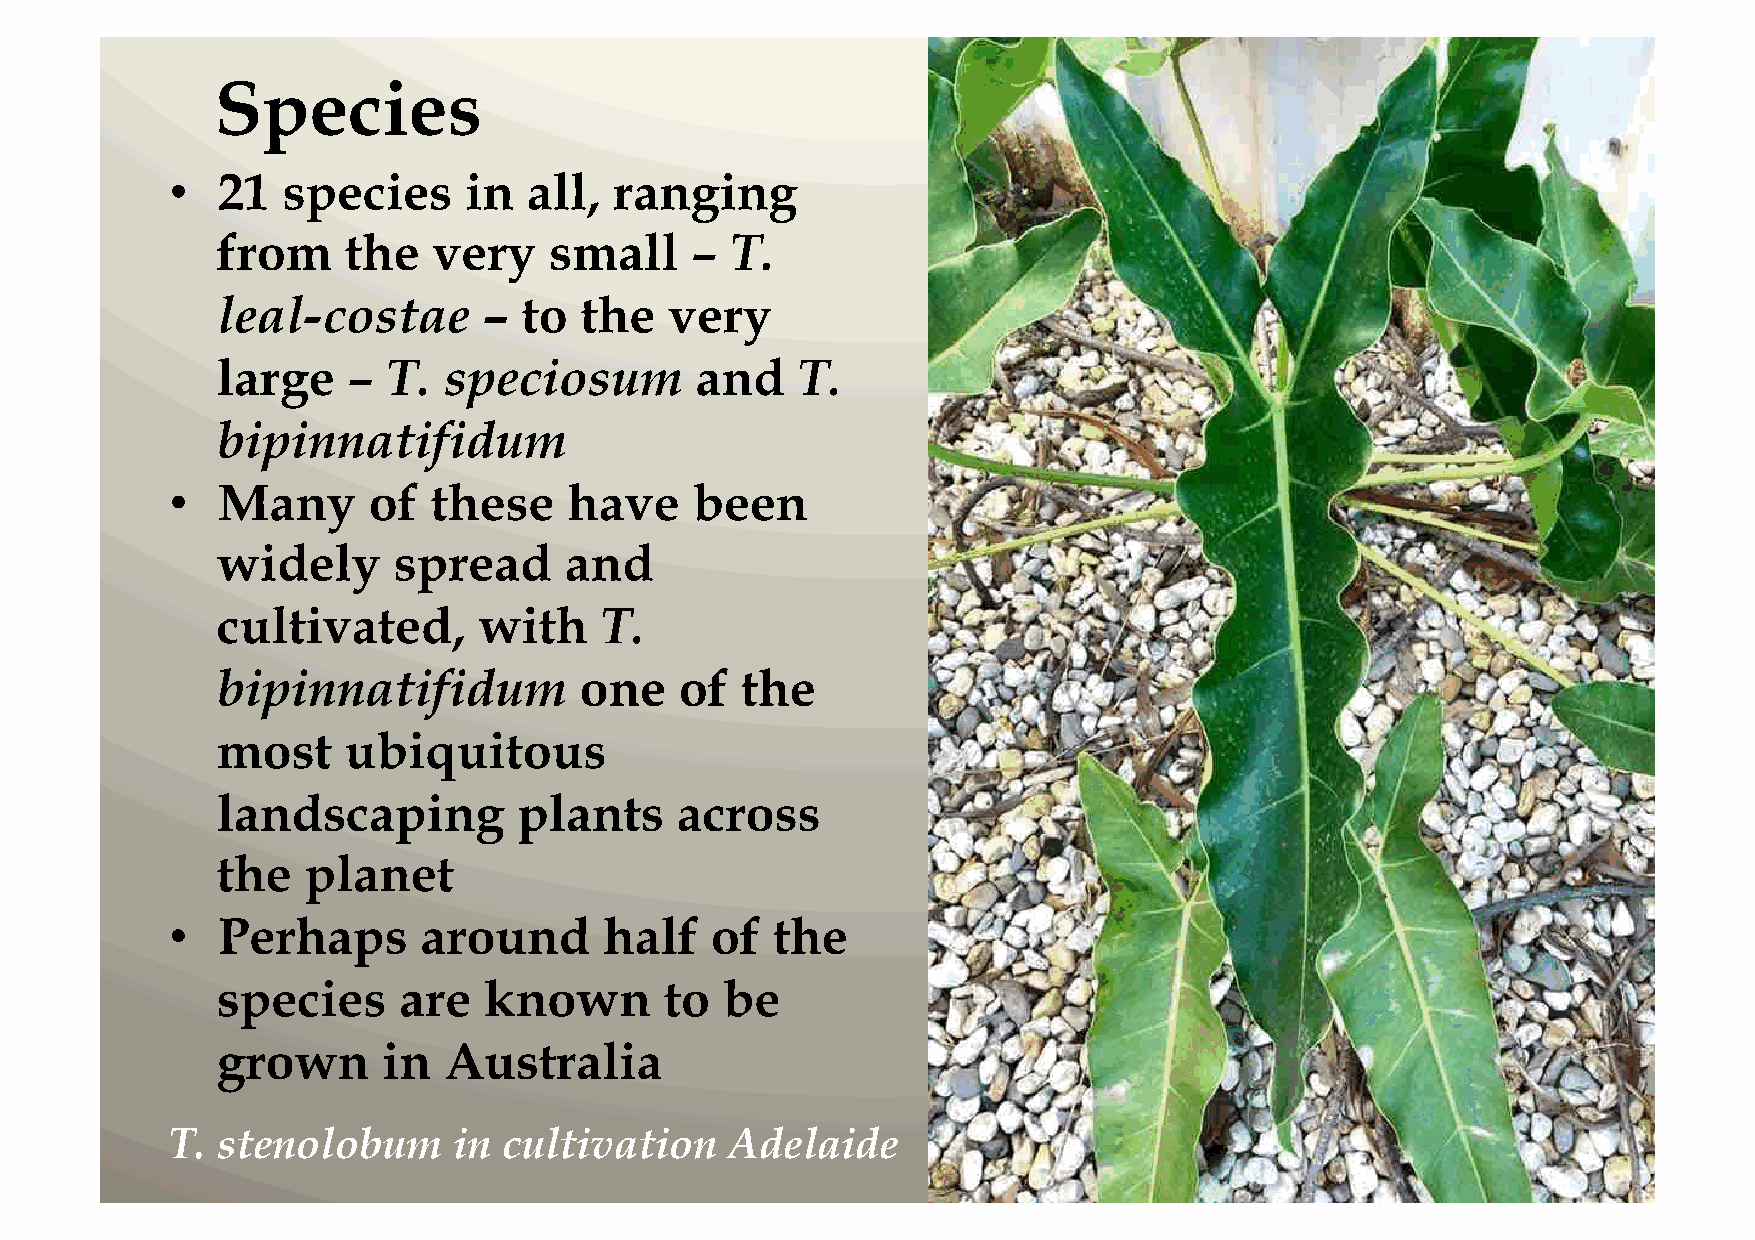
Species
 •  21   species     in  all,  ranging
 from     the   very   small     – T.
 leal-costae       –  to the   very
 large    –  T. speciosum        and    T.
 bipinnatifidum
 •  Many      of   these    have    been
 widely      spread     and
 cultivated,       with    T.
 bipinnatifidum          one    of  the
 most     ubiquitous
 landscaping         plants     across
 the   planet
 •  Perhaps       around      half   of  the
 species     are   known       to  be
 grown      in  Australia
 T. stenolobum      in cultivation    Adelaide